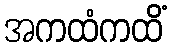
အကထံကထိံ